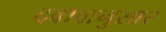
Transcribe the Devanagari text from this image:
दबावानुसार